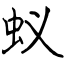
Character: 蚁